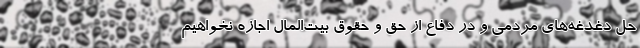
حل دغدغه‌های مردمی و در دفاع از حق و حقوق بیت‌المال اجازه نخواهیم